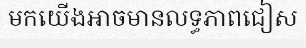
មកយើងអាចមានលទ្ធភាពជៀស